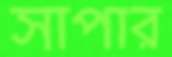
সাপার